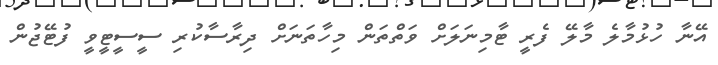
އޭނާ ހުޅުމާލެ މާލޭ ފެރީ ޓާމިނަލަށް ވަތްތަން މިހާތަނަށް ދިރާސާކުރި ސީސީޓީވީ ފުޓޭޖުން